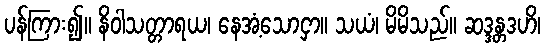
ပန်ကြား၍။ နိဝါသတ္တာရယ၊ နေအံ့သောငှာ။ သယံ၊ မိမိသည်။ ဆဒ္ဒန္တဒဟိ၊